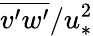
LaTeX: \overline{{v^{\prime}w^{\prime}}}/u_{*}^{2}